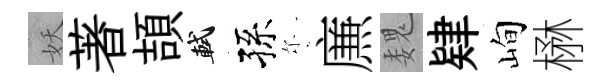
妖著頡軾孫尓㢘魏肄峋楙